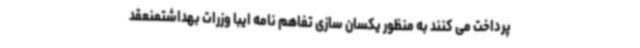
پرداخت می کنند به منظور یکسان سازی تفاهم نامه ایبا وزرات بهداشتمنعقد